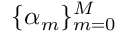
\lbrace \alpha _ { m } \rbrace _ { m = 0 } ^ { M }